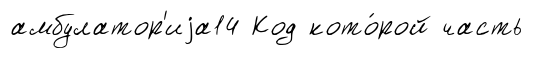
амбулатор'иjа14 Код кото́рой часть